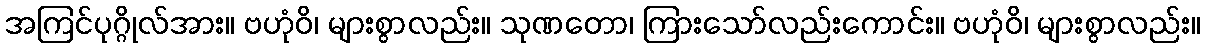
အကြင်ပုဂ္ဂိုလ်အား။ ဗဟုံဝိ၊ များစွာလည်း။ သုဏတော၊ ကြားသော်လည်းကောင်း။ ဗဟုံဝိ၊ များစွာလည်း။